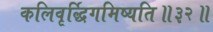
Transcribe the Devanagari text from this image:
कलिवृर्द्धिगमिष्यति॥३२॥